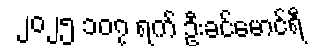
၂၀၂၅ ၁၀၇ ရက် ဦးခင်မောင်ရီ